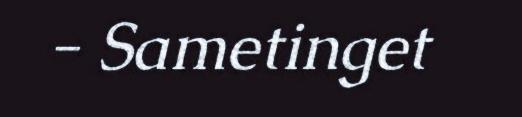
- Sametinget